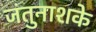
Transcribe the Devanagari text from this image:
जंतुनाशके